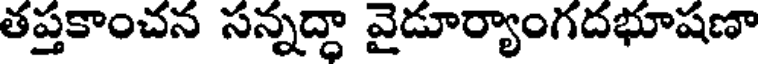
తప్తకాంచన సన్నద్ధా వైడూర్యాంగదభూషణా